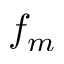
f _ { m }